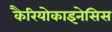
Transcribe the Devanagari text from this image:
कैरियोकाइनेसिस